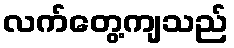
လက်တွေ့ကျသည်